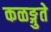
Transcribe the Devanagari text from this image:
कळङ्गुते